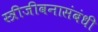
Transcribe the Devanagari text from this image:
स्त्रीजीवनासंबंधी